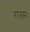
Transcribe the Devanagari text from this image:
राजम।